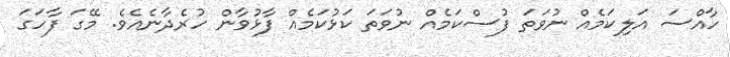
ހާއްސަ އަލިކަމެއް ނުވަތަ ފުސްކަމެއް ނުވަތަ ކަޅުކަމެއް ފާޅުވާން ހުރެދާނެއެވެ. މޭގަ ފާހަގަ